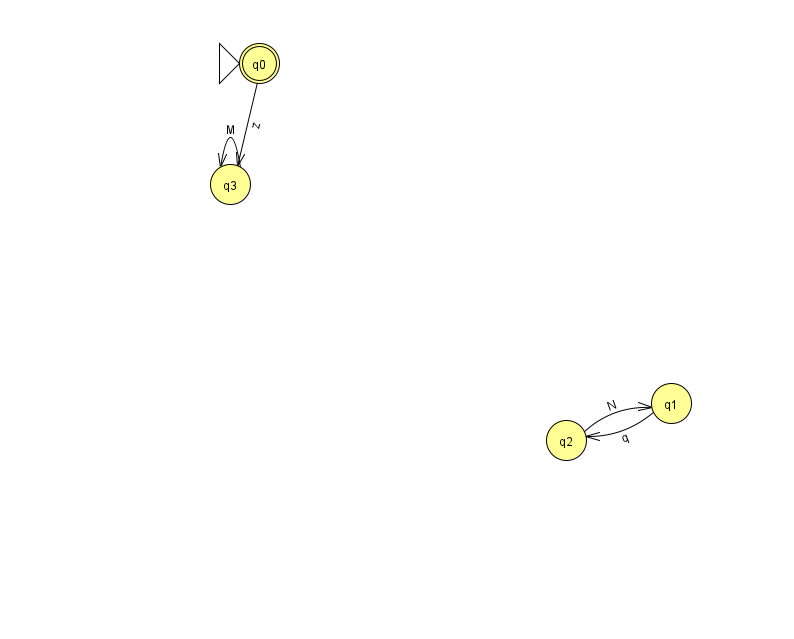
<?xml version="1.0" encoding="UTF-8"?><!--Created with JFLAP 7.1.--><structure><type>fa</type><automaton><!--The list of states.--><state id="0" name="q0"><x>259.0</x><y>50.0</y><initial/><final/></state><state id="1" name="q1"><x>671.0</x><y>390.0</y></state><state id="2" name="q2"><x>566.0</x><y>427.0</y></state><state id="3" name="q3"><x>230.0</x><y>171.0</y></state><!--The list of transitions.--><transition><from>2</from><to>1</to><read>N</read></transition><transition><from>1</from><to>2</to><read>q</read></transition><transition><from>3</from><to>3</to><read>M</read></transition><transition><from>0</from><to>3</to><read>z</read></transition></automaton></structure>